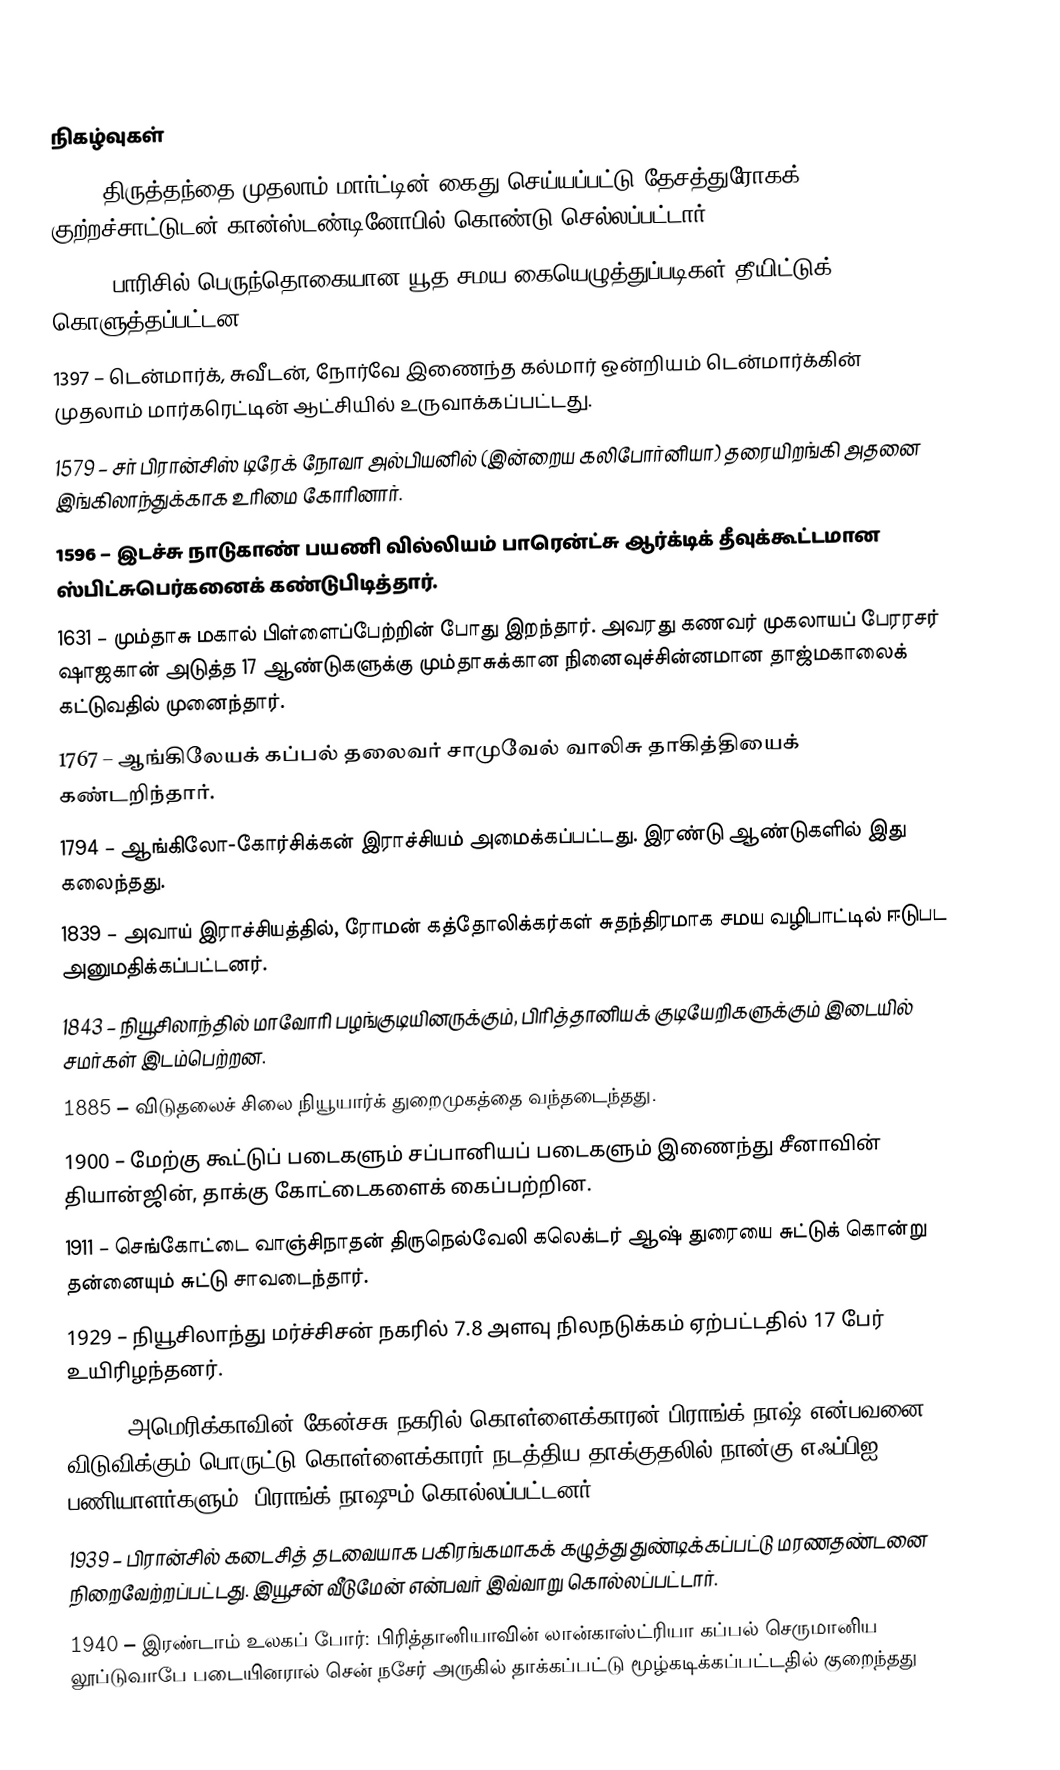

நிகழ்வுகள்
653 – திருத்தந்தை முதலாம் மார்ட்டின் கைது செய்யப்பட்டு தேசத்துரோகக் குற்றச்சாட்டுடன் கான்ஸ்டண்டினோபில் கொண்டு செல்லப்பட்டார்.
1244 – பாரிசில் பெருந்தொகையான யூத சமய கையெழுத்துப்படிகள் தீயிட்டுக் கொளுத்தப்பட்டன.
1397 – டென்மார்க், சுவீடன், நோர்வே இணைந்த கல்மார் ஒன்றியம் டென்மார்க்கின் முதலாம் மார்கரெட்டின் ஆட்சியில் உருவாக்கப்பட்டது.
1579 – சர் பிரான்சிஸ் டிரேக் நோவா அல்பியனில் (இன்றைய கலிபோர்னியா) தரையிறங்கி அதனை இங்கிலாந்துக்காக உரிமை கோரினார்.
1596 – இடச்சு நாடுகாண் பயணி வில்லியம் பாரென்ட்சு ஆர்க்டிக் தீவுக்கூட்டமான ஸ்பிட்சுபெர்கனைக் கண்டுபிடித்தார்.
1631 – மும்தாசு மகால் பிள்ளைப்பேற்றின் போது இறந்தார். அவரது கணவர் முகலாயப் பேரரசர் ஷாஜகான் அடுத்த 17 ஆண்டுகளுக்கு மும்தாசுக்கான நினைவுச்சின்னமான தாஜ்மகாலைக் கட்டுவதில் முனைந்தார்.
1767 – ஆங்கிலேயக் கப்பல் தலைவர் சாமுவேல் வாலிசு தாகித்தியைக் கண்டறிந்தார்.
1794 – ஆங்கிலோ-கோர்சிக்கன் இராச்சியம் அமைக்கப்பட்டது. இரண்டு ஆண்டுகளில் இது கலைந்தது.
1839 – அவாய் இராச்சியத்தில், ரோமன் கத்தோலிக்கர்கள் சுதந்திரமாக சமய வழிபாட்டில் ஈடுபட அனுமதிக்கப்பட்டனர்.
1843 – நியூசிலாந்தில் மாவோரி பழங்குடியினருக்கும், பிரித்தானியக் குடியேறிகளுக்கும் இடையில் சமர்கள் இடம்பெற்றன.
1885 – விடுதலைச் சிலை நியூயார்க் துறைமுகத்தை வந்தடைந்தது.
1900 – மேற்கு கூட்டுப் படைகளும் சப்பானியப் படைகளும் இணைந்து சீனாவின் தியான்ஜின், தாக்கு கோட்டைகளைக் கைப்பற்றின.
1911 – செங்கோட்டை வாஞ்சிநாதன் திருநெல்வேலி கலெக்டர் ஆஷ் துரையை சுட்டுக் கொன்று தன்னையும் சுட்டு சாவடைந்தார்.
1929 – நியூசிலாந்து மர்ச்சிசன் நகரில் 7.8 அளவு நிலநடுக்கம் ஏற்பட்டதில் 17 பேர் உயிரிழந்தனர்.
1933 – அமெரிக்காவின் கேன்சசு நகரில் கொள்ளைக்காரன் பிராங்க் நாஷ் என்பவனை விடுவிக்கும் பொருட்டு கொள்ளைக்காரர் நடத்திய தாக்குதலில் நான்கு எஃப்பிஐ பணியாளர்களும், பிராங்க் நாஷும் கொல்லப்பட்டனர்.
1939 – பிரான்சில் கடைசித் தடவையாக பகிரங்கமாகக் கழுத்து துண்டிக்கப்பட்டு மரணதண்டனை நிறைவேற்றப்பட்டது. இயூசன் வீடுமேன் என்பவர் இவ்வாறு கொல்லப்பட்டார்.
1940 – இரண்டாம் உலகப் போர்: பிரித்தானியாவின் லான்காஸ்ட்ரியா கப்பல் செருமானிய லூப்டுவாபே படையினரால் சென் நசேர் அருகில் தாக்கப்பட்டு மூழ்கடிக்கப்பட்டதில் குறைந்தது